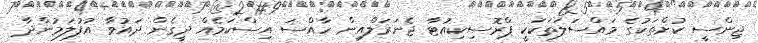
ޖިންސީ ކުށްތަކުގެ މައްސަލަތަކަކީ ޕްރޮސިކިއުޓާ ޖެނަރަލްއިން ހާއްސަ އިސްކަމެއް ދީގެން ދައުވާ އުފުލަމުންދާ